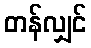
တန်လျှင်